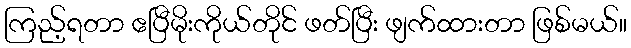
ကြည့်ရတာ ဧပြီမိုးကိုယ်တိုင် ဖတ်ပြီး ဖျက်ထားတာ ဖြစ်မယ်။